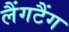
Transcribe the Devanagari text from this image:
लैंगटैंग